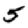
Digit: 5